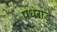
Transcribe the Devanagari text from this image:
पधराड़